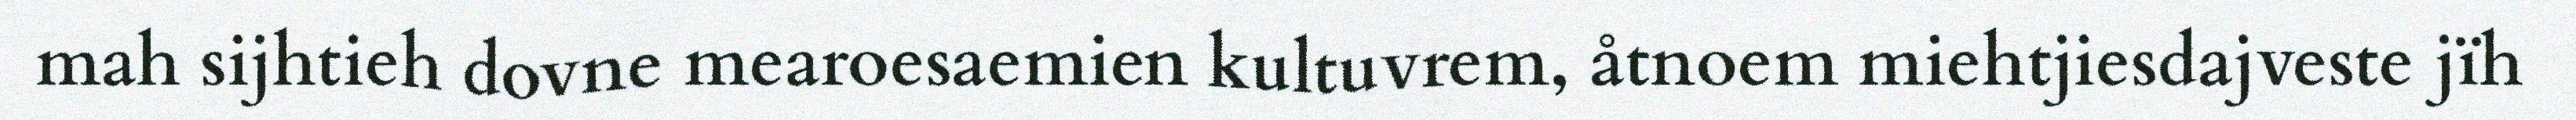
mah sijhtieh dovne mearoesaemien kultuvrem, åtnoem miehtjiesdajveste jïh